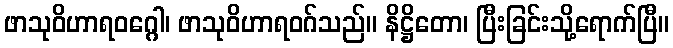
ဖာသုဝိဟာရဝဂ္ဂေါ၊ ဖာသုဝိဟာရဝဂ်သည်။ နိဋ္ဌိတော၊ ပြီးခြင်းသို့ရောက်ပြီ။